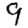
Digit: 9